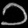
Digit: ၁